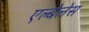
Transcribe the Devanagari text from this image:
एल्बेलेस